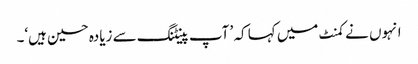
انہوں نے کمنٹ میں کہا کہ ’ آپ پینٹنگ سے زیادہ حسین ہیں‘۔